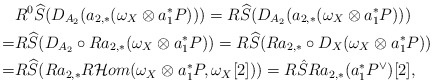
\begin{align*}& R^0\widehat{S}(D_{A_2}(a_{2,*}(\omega_X\otimes a_1^*P)))=R\widehat{S}(D_{A_2}(a_{2,*}(\omega_X\otimes a_1^*P)))\\=& R\widehat{S}(D_{A_2}\circ Ra_{2,*}(\omega_X\otimes a_1^*P))=R\widehat{S}(Ra_{2,*}\circ D_X(\omega_X\otimes a_1^*P)) \\=& R\widehat{S}(Ra_{2,*}R\mathcal{H}om(\omega_X\otimes a_1^*P, \omega_X[2]))=R\hat{S}Ra_{2,*}(a_1^*P^{\vee})[2],\end{align*}